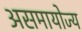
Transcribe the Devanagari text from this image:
असमायोज्य